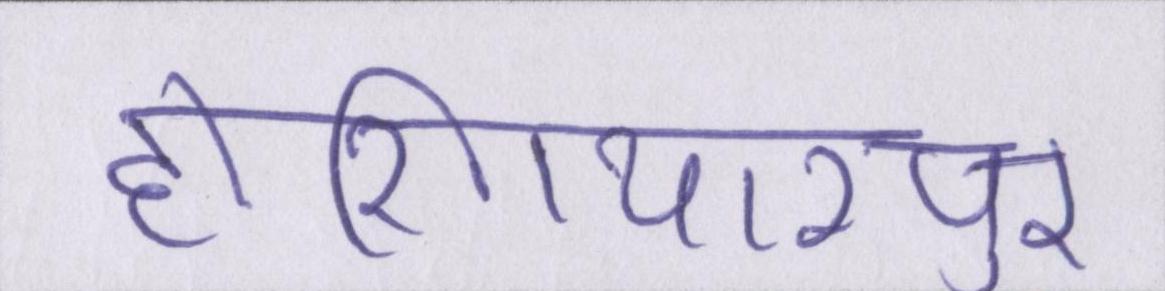
होशियारपुर